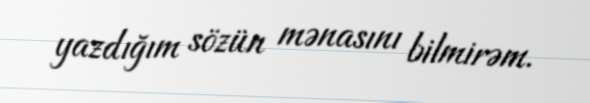
yazdığım sözün mənasını bilmirəm.